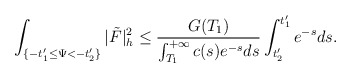
\begin{align*}\int_{\{-t'_1\le\Psi<-t'_2\}}|\tilde{F}|^2_h\le\frac{G(T_1)}{\int_{T_1}^{+\infty}c(s)e^{-s}ds}\int_{t'_2}^{t'_1}e^{-s}ds.\end{align*}